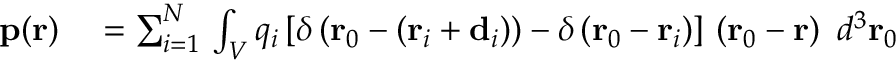
\begin{array} { r l } { \mathbf { p } ( \mathbf { r } ) } & { { } = \sum _ { i = 1 } ^ { N } \, \int _ { V } q _ { i } \left[ \delta \left( \mathbf { r } _ { 0 } - \left( \mathbf { r } _ { i } + \mathbf { d } _ { i } \right) \right) - \delta \left( \mathbf { r } _ { 0 } - \mathbf { r } _ { i } \right) \right] \, \left( \mathbf { r } _ { 0 } - \mathbf { r } \right) \ d ^ { 3 } \mathbf { r } _ { 0 } } \end{array}